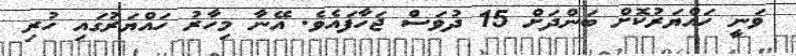
ވަނީ ހައްޔަރުކޮށް ބަންދަށް 15 ދުވަސް ޖަހާފައެވެ. އޭނާ މިހާރު ހައްޔަރުގައި ހުރި